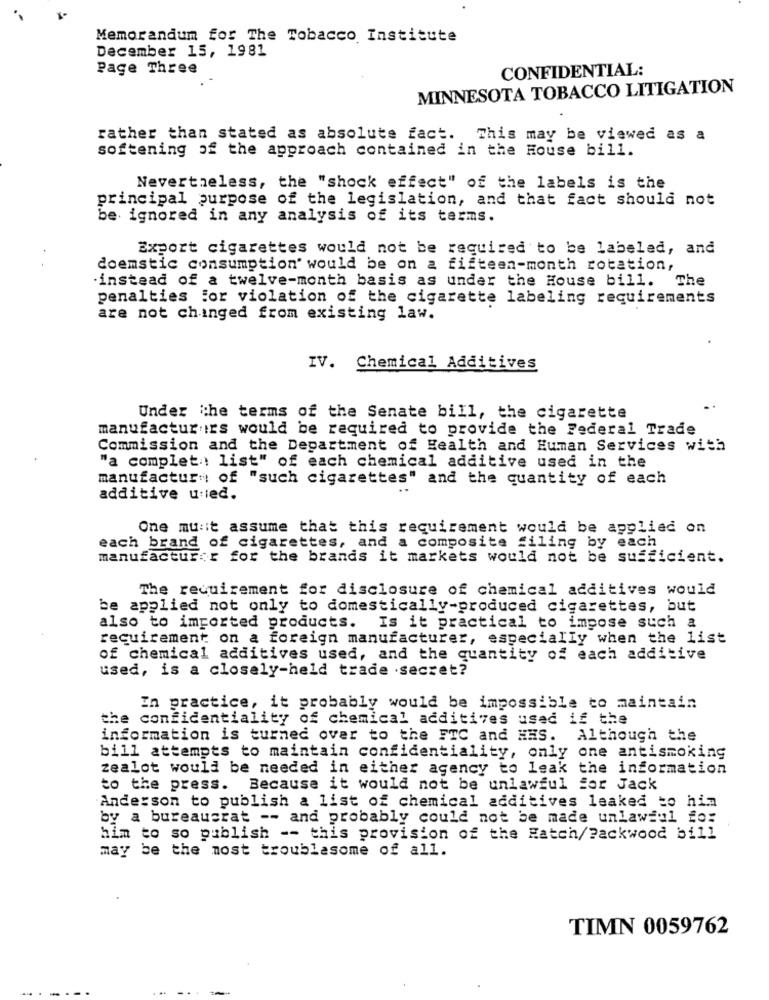
Memorandum for The Tobacco Institute
December 15, 1981
Page Three
CONFIDENTIAL:
MINNESOTA TOBACCO LITIGATION
rather than stated as absolute fact. This may be viewed as a
softening of the approach contained in the House bill.
Nevertheless, the "shock effect" of the labels is the
principal purpose of the legislation, and that fact should not
be ignored in any analysis of its terms.
Export cigarettes would not be required to be labeled, and
doemstic consumption' would be on a fifteen-month rotation,
.instead of a twelve-month basis as under the House bill. The
penalties :or violation of the cigarette labeling requirements
are not changed from existing law.
IV. Chemical Additives
Under the terms of the Senate bill, the cigarette
manufactur irs would be required to provide the Federal Trade
Commission and the Department of Health and Human Services with
"a completa: list" of each chemical additive used in the
manufacture of "such cigarettes" and the quantity of each
additive unied.
One mu:it assume that this requirement would be applied on
each brand of cigarettes, and a composite filing by each
manufactur r for the brands it markets would not be sufficient.
The requirement for disclosure of chemical additives would
be applied not only to domestically-produced cigarettes, but
also to imported products. Is it practical to impose such a
requirement on a foreign manufacturer, especially when the list
of chemical additives used, and the quantity of each additive
used, is a closely-held trade secret?
In practice, it probably would be impossible to maintain
the confidentiality of chemical additives used if the
information is turned over to the FTC and HHS. Although the
bill attempts to maintain confidentiality, only one antismoking
zealot would be needed in either agency to leak the information
to the press. Because it would not be unlawful for Jack
Anderson to publish a list of chemical additives leaked to him
by a bureaucrat -- and probably could not be made unlawful fo:
him to so publish -- this provision of the Hatch/Packwood bill
may be the most troublesome of all.
TIMN 0059762